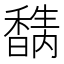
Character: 𥣉